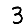
Digit: 3